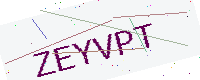
Text: ZEYVPT